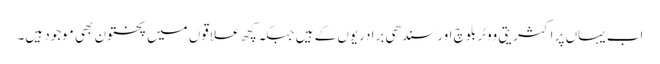
اب یہاں پر اکثریتی ووٹر بلوچ اور سندھی برادریوں کے ہیں جبکہ کچھ علاقوں میں پختون بھی موجود ہیں۔